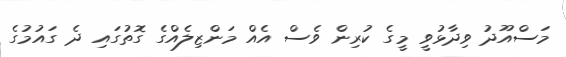
މަސްއޫދު ވިދާޅުވީ މީގެ ކުރިން ވެސް އެއް މަންޒިލެއްގެ ގޮތުގައި ދެ ގައުމުގެ